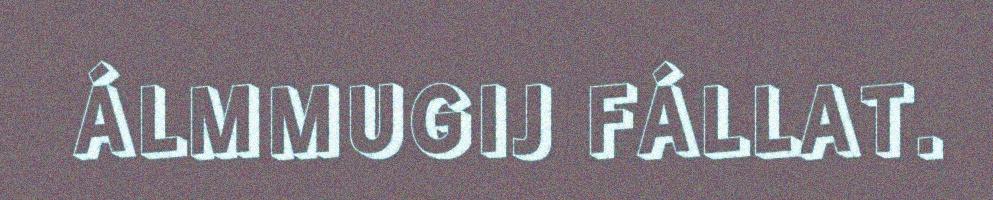
ÁLMMUGIJ FÁLLAT.